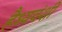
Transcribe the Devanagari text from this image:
हैध्यवंशी